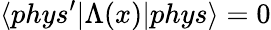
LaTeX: \langle phys^{\prime}|\Lambda(x)|phys\rangle=0